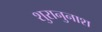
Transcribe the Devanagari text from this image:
शुरानुनाश